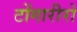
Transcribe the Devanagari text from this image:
टोंगारीरो